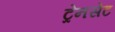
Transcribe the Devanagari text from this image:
ट्रेनसेट